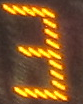
3